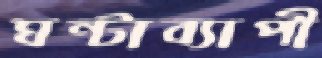
ঘন্টাব্যাপী